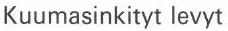
Kuumasinkityt levyt